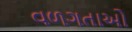
વળગતાઓ